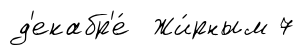
д'екабр'е́ Жи́рным 7